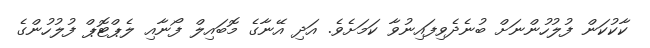
ކާކުކަން ފުލުހުންނަށް ބުނެދެވިފައިނުވާ ކަމަށެވެ. އަދި އޭނާގެ މޮބައިލް ފޯނާއި ލެޕްޓޮޕް ފުލުހުންގެ